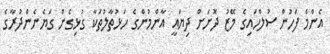
އެންމެ ފަހުން ސުލްހައިގެ މޭޒު ދޮށަށް ދިޔައީ އާންމުންގެ ހަޅުތާލުތަކާ ގުޅިގެން ގަޔެނެންދުރާގެ